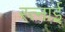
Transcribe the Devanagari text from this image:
रत्नाई